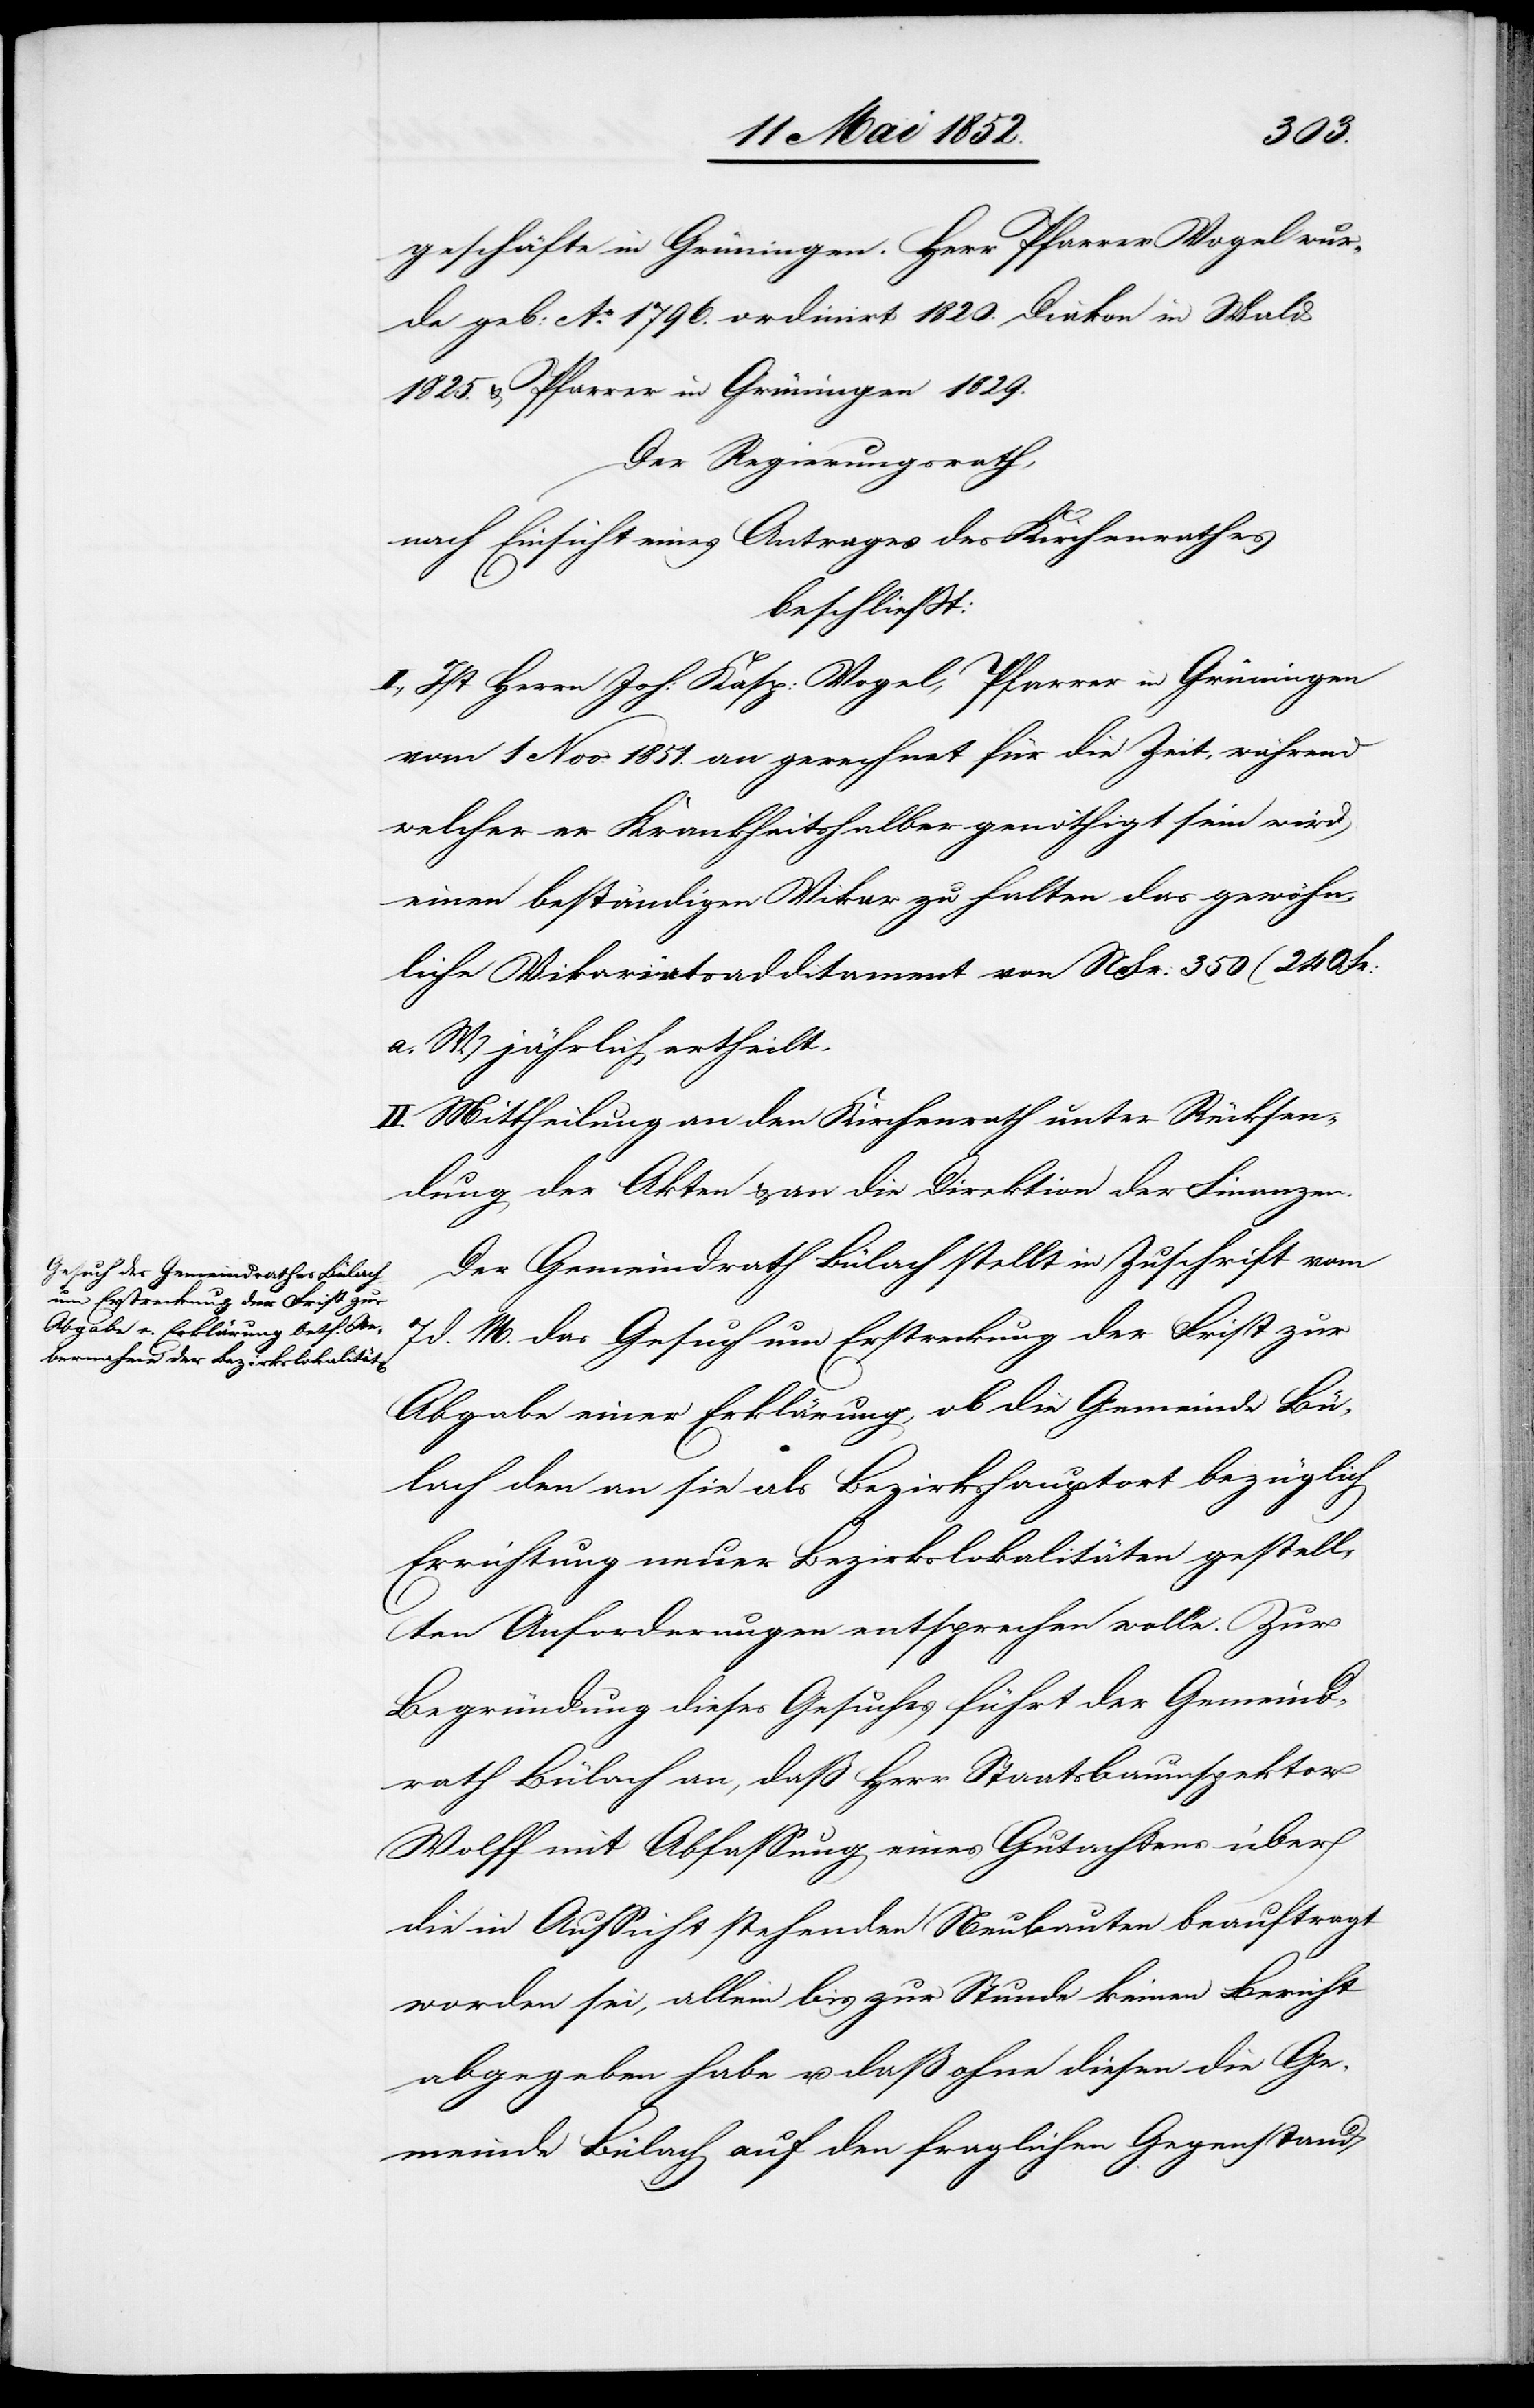
geschäfte in Grüningen. Herr Pfarrer Vogel wur¬
de geb: Ao. 1796.[,] ordinirt 1820.[,] Diakon in Wald
1825. & Pfarrer in Grüningen 1829.
Der Regierungsrath,
nach Einsicht eines Antrages des Kirchenrathes
beschliesst:
I., Ist Herrn Joh: Kasp: Vogel, Pfarrer in Grüningen
vom 1 Nov: 1851. an gerechnet für die Zeit, während
welcher er Krankheitshalber genöthigt sein wird
einen beständigen Vikar zu halten das gewöhn¬
liche Vikariatsadditament von NFr. 350 (240 Fr:
a. W.) jährlich ertheilt.
II. Mittheilung an den Kirchenrath unter Rücksen¬
dung der Akten & an die Direktion der Finanzen.
Der Gemeindrath Bülach stellt in Zuschrift vom
d. M. das Gesuch um Erstreckung der Frist zur
Abgabe einer Erklärung, ob die Gemeinde Bü¬
lach den an sie als Bezirkshauptort bezüglich
Errichtung neuer Bezirkslokalitäten gestell¬
ten Anforderungen entsprechen wolle. Zur
Begründung dieses Gesuches führt der Gemeind¬
rath Bülach an, dass Herr Staatsbauinspektor
Wolff mit Abfassung eines Gutachtens über
die in Aussicht stehenden Neubauten beauftragt
worden sei, allein bis zur Stunde keinen Bericht
abgegeben habe u. daß ohne diesen die Ge¬
meinde Bülach auf den fraglichen Gegenstand